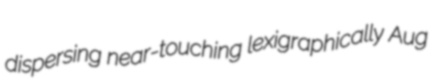
dispersing near-touching lexigraphically Aug